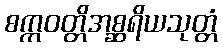
စက္ကဝတ္တိအစ္ဆရိယသုတ္တံ